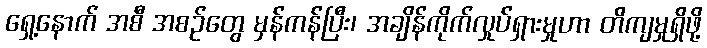
ရှေ့နောက် အစီ အစဉ်တွေ မှန်ကန်ပြီး၊ အချိန်ကိုက်လှုပ်ရှားမှုဟာ တိကျမှုရှိဖို့